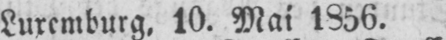
Luxemburg, 10. Mai 1856.